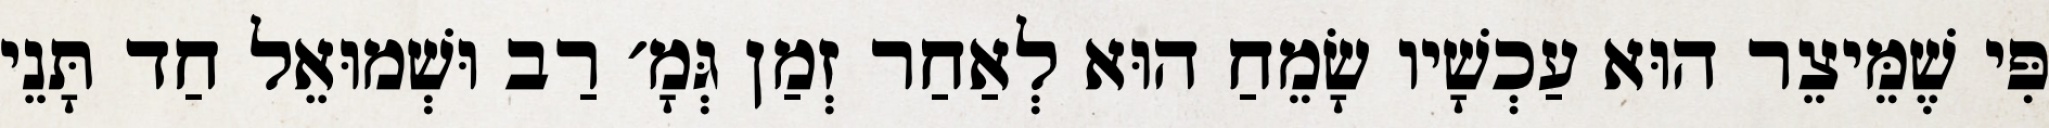
פִּי שֶׁמֵּיצֵר הוּא עַכְשָׁיו שָׂמֵחַ הוּא לְאַחַר זְמַן גְּמָ׳ רַב וּשְׁמוּאֵל חַד תָּנֵי